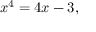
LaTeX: x ^ { 4 } = 4 x - 3 ,